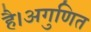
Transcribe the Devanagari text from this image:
है।अगुणित